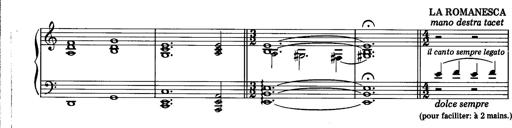
Title: La romanesca
Composer: Franz Liszt